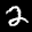
Label: 2